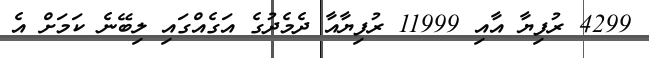
4299 ރުފިޔާ އާއި 11999 ރުފިޔާއާ ދެމެދުގެ އަގެއްގައި ލިބޭނެ ކަމަށް އެ